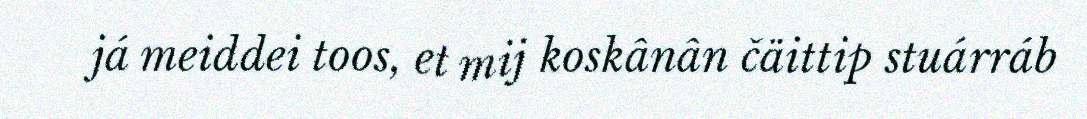
já meiddei toos, et mij koskânân čäittip stuárráb